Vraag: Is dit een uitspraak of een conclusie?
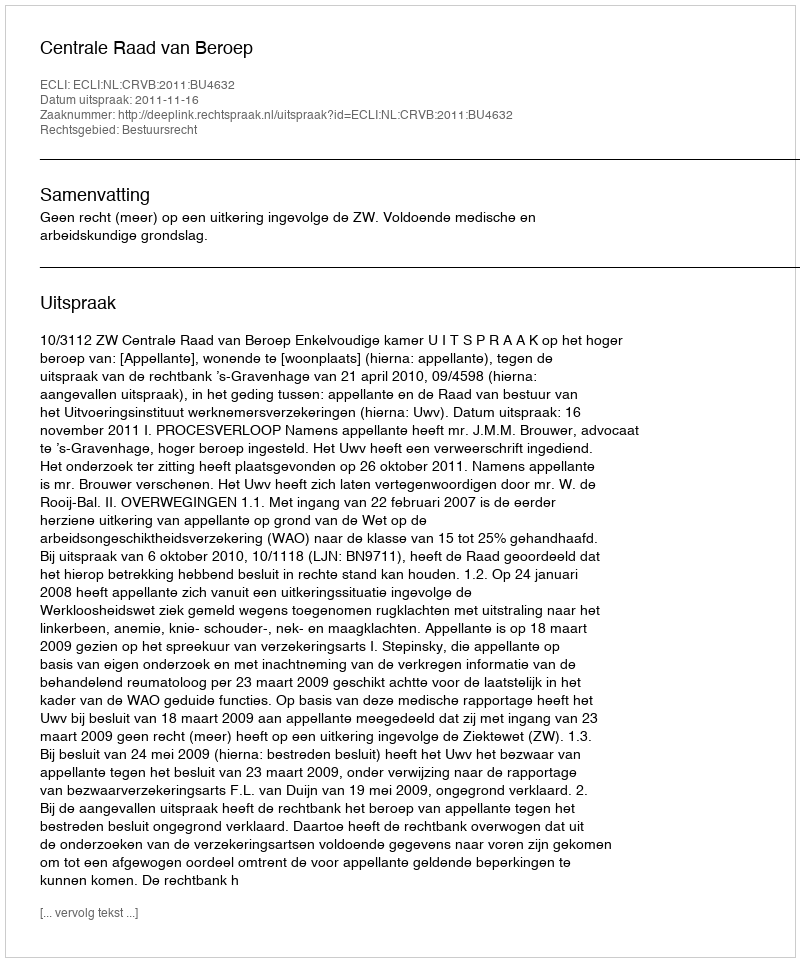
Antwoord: Uitspraak